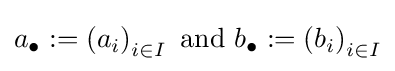
a_{\bullet }:=\left(a_{i}\right)_{i\in I}{\text{ and }}b_{\bullet }:=\left(b_{i}\right)_{i\in I}